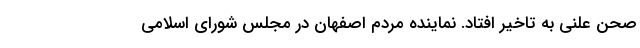
صحن علنی به تاخیر افتاد. نماینده مردم اصفهان در مجلس شورای اسلامی